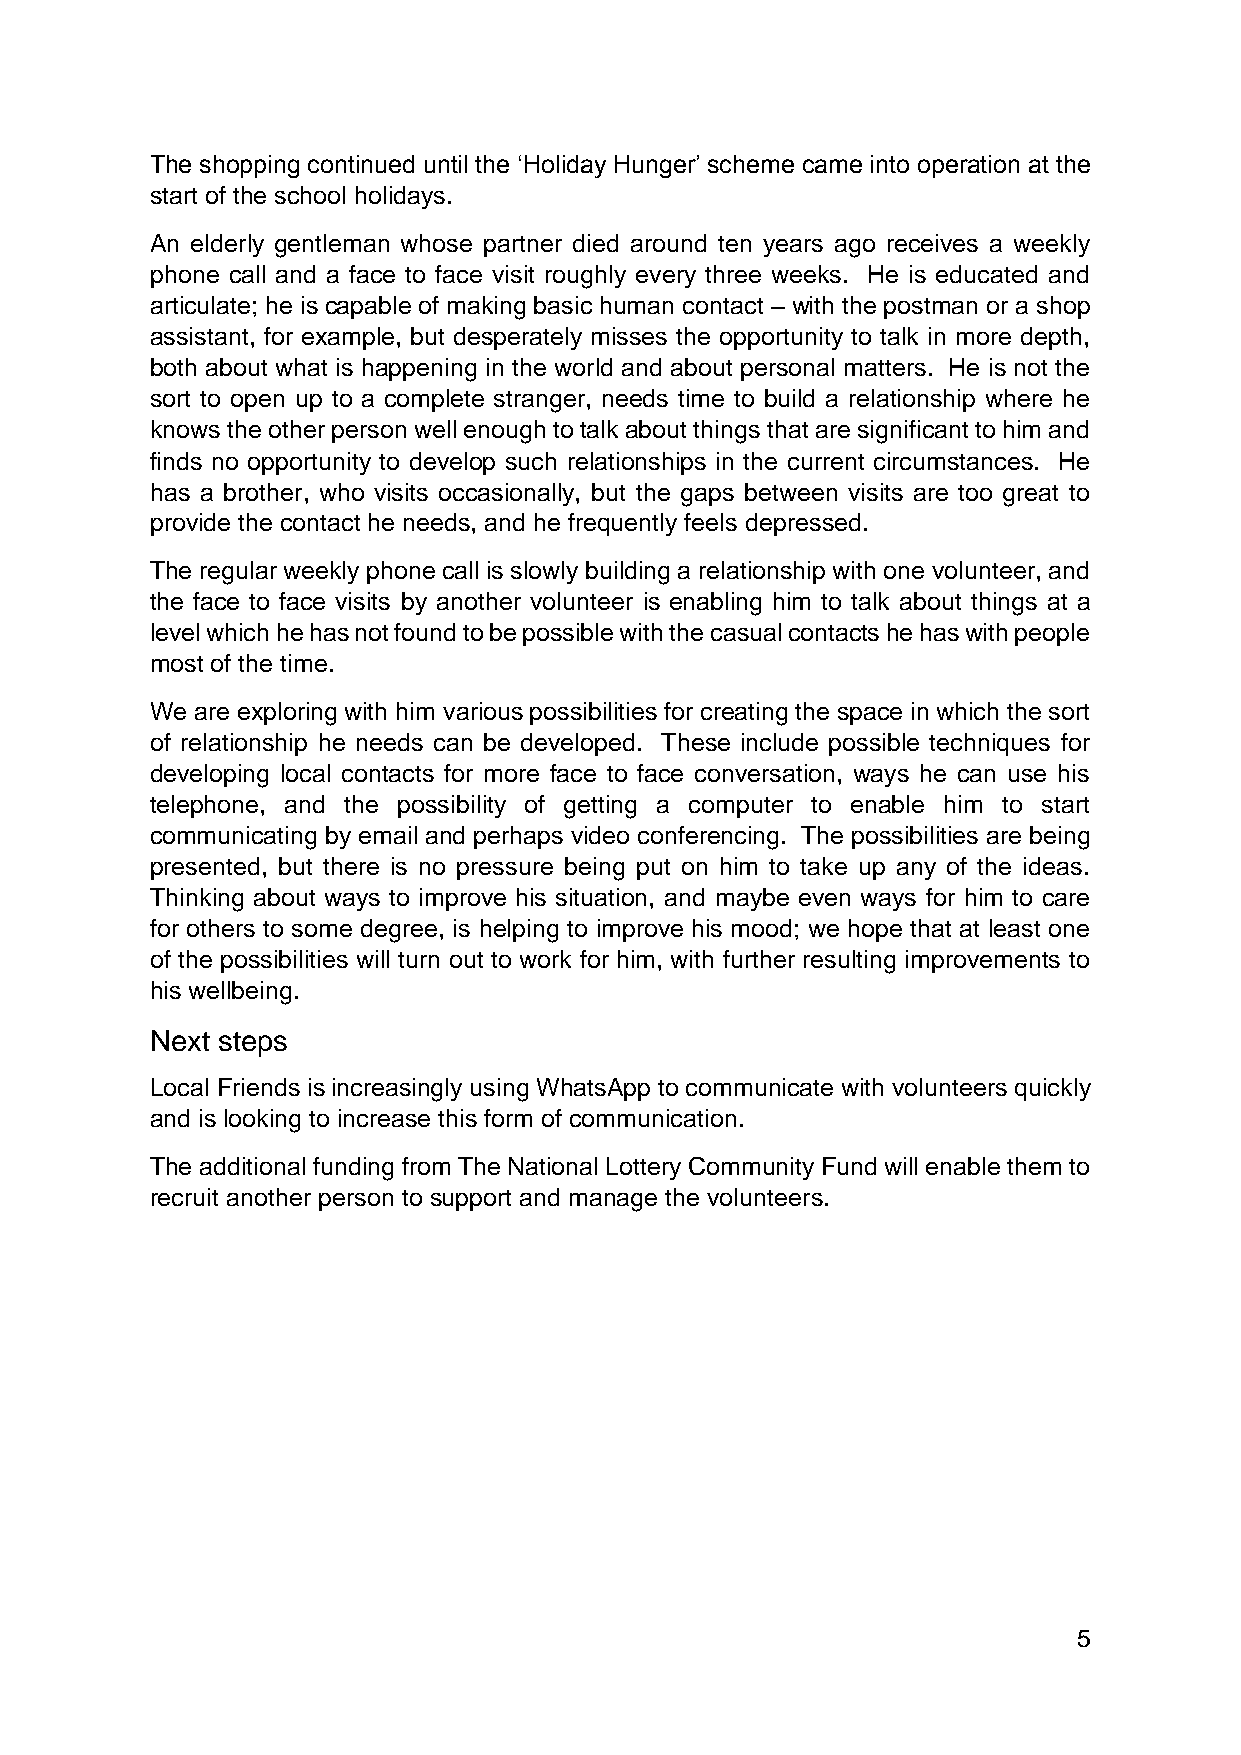
The shopping continued until the ‘Holiday Hunger’ scheme came into operation at the
 start of the school holidays.
 An elderly gentleman whose partner died around ten years ago receives a weekly
 phone call and a face to face visit roughly every three weeks. He is educated and
 articulate; he is capable of making basic human contact – with the postman or a shop
 assistant, for example, but desperately misses the opportunity to talk in more depth,
 both about what is happening in the world and about personal matters. He is not the
 sort to open up to a complete stranger, needs time to build a relationship where he
 knows the other person well enough to talk about things that are significant to him and
 finds no opportunity to develop such relationships in the current circumstances. He
 has a brother, who visits occasionally, but the gaps between visits are too great to
 provide the contact he needs, and he frequently feels depressed.
 The regular weekly phone call is slowly building a relationship with one volunteer, and
 the face to face visits by another volunteer is enabling him to talk about things at a
 level which he has not found to be possible with the casual contacts he has with people
 most of the time.
 We are exploring with him various possibilities for creating the space in which the sort
 of relationship he needs can be developed. These include possible techniques for
 developing local contacts for more face to face conversation, ways he can use his
 telephone, and the possibility of getting a computer to enable him to start
 communicating by email and perhaps video conferencing. The possibilities are being
 presented, but there is no pressure being put on him to take up any of the ideas.
 Thinking about ways to improve his situation, and maybe even ways for him to care
 for others to some degree, is helping to improve his mood; we hope that at least one
 of the possibilities will turn out to work for him, with further resulting improvements to
 his wellbeing.
 Next steps
 Local Friends is increasingly using WhatsApp to communicate with volunteers quickly
 and is looking to increase this form of communication.
 The additional funding from The National Lottery Community Fund will enable them to
 recruit another person to support and manage the volunteers.
 5